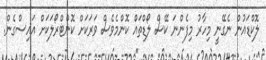
ލޮކްޑައުން ނެގޭނީ މިހާރު މިފެންނަ ކޭސް ލޯޑްތައް ކޮންމެވެސް ވަރަކަށް ކޮންޓްރޯލަކަށް އައިސްގެން.